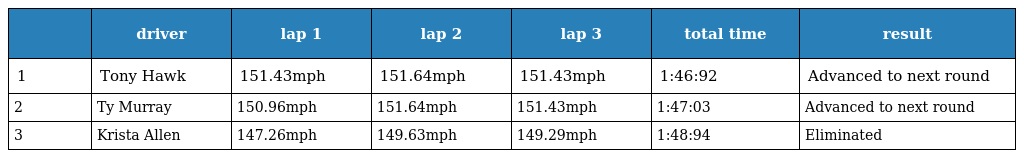
|  | driver | lap 1 | lap 2 | lap 3 | total time | result |
 | --- | --- | --- | --- | --- | --- | --- |
 | 1 | Tony Hawk | 151.43mph | 151.64mph | 151.43mph | 1:46:92 | Advanced to next round |
 | 2 | Ty Murray | 150.96mph | 151.64mph | 151.43mph | 1:47:03 | Advanced to next round |
 | 3 | Krista Allen | 147.26mph | 149.63mph | 149.29mph | 1:48:94 | Eliminated |